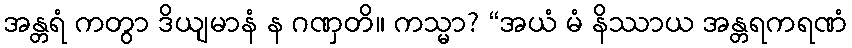
အန္တရံ ကတွာ ဒိယျမာနံ န ဂဏှတိ။ ကသ္မာ? “အယံ မံ နိဿာယ အန္တရကရဏံ